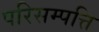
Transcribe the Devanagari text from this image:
परिसम्‍पत्ति